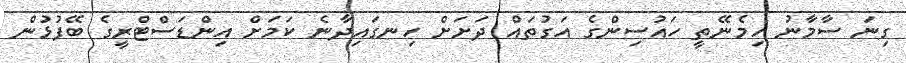
ގިނަ ސާމާނު ހިމެނޭތީ ހައުސިންގެ އަގުތައް ދަށަށް ހިނގައިދާނެ ކަމަށް އިންޑަސްޓްރީގެ ބޭފުޅުން